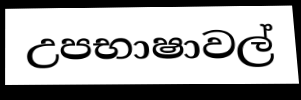
උපභාෂාවල්